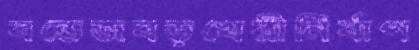
বন্ডেজবড়খেরীনির্বাপ